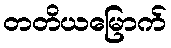
တတိယမြောက်